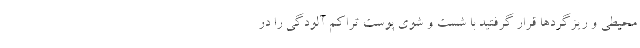
محیطی و ریزگردها قرار گرفتید با شست و شوی پوست تراکم آلودگی را در